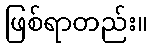
ဖြစ်ရာတည်း။